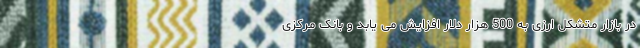
در بازار متشکل ارزی به 500 هزار دلار افزایش می یابد و بانک مرکزی